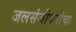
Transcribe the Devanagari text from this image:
जलसंजीवनीचा